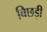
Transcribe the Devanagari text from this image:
बिछड़ी